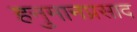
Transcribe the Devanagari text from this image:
हनुमानप्रसाद